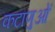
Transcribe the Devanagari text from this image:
कटाणुओं